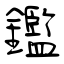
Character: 鑑